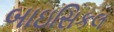
બાઇસિકલ